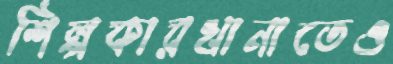
শিল্পকারখানাতেও